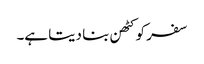
سفر کو کٹھن بنا دیتا ہے۔